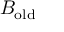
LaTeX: B _ { \mathrm { o l d } }